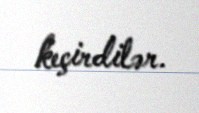
keçirdilər.